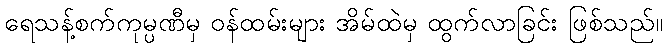
ရေသန့်စက်ကုမ္ပဏီမှ ဝန်ထမ်းများ အိမ်ထဲမှ ထွက်လာခြင်း ဖြစ်သည်။